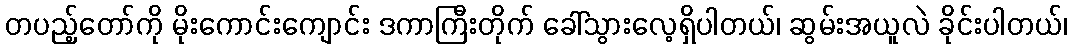
တပည့်တော်ကို မိုးကောင်းကျောင်း ဒကာကြီးတိုက် ခေါ်သွားလေ့ရှိပါတယ်၊ ဆွမ်းအယူလဲ ခိုင်းပါတယ်၊